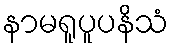
နာမရူပူပနိသံ